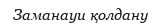
Заманауи қолдану